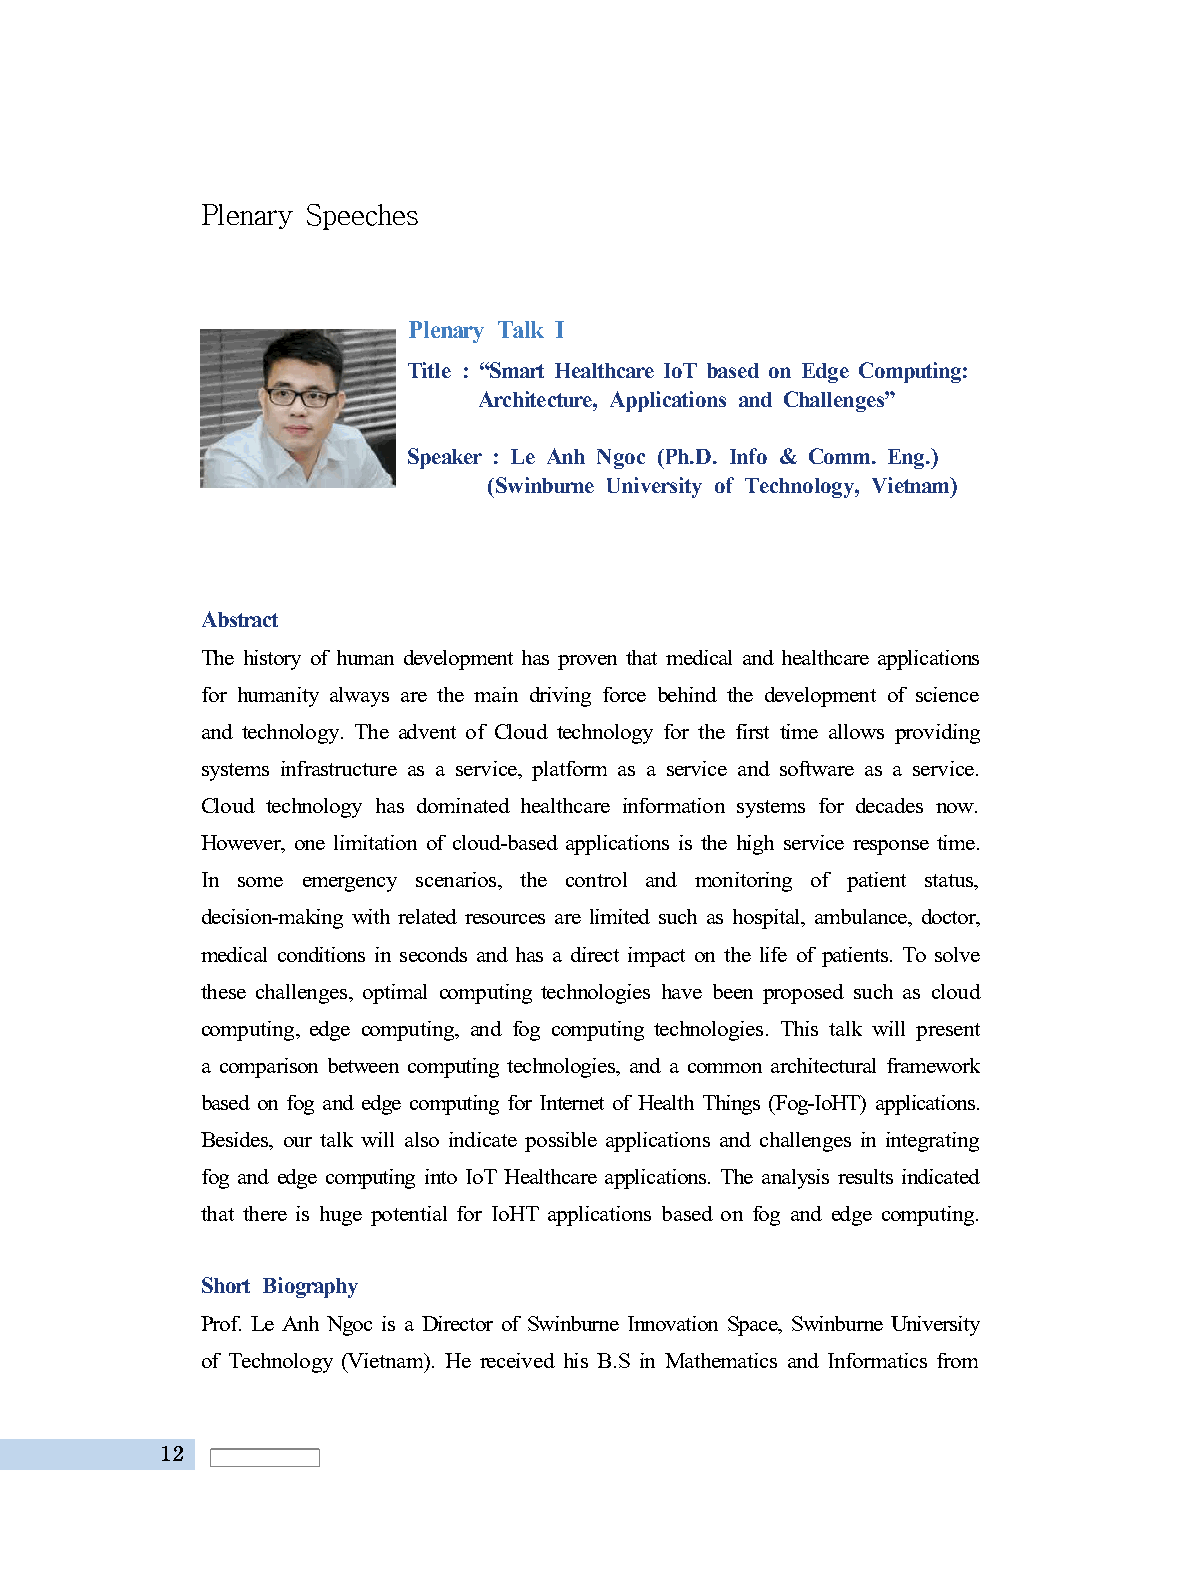
Plenary Speeches
 Plenary Talk I
 Title : “Smart Healthcare IoT based on Edge Computing:
 Architecture, Applications and Challenges”
 Speaker : Le Anh Ngoc (Ph.D. Info & Comm. Eng.)
 (Swinburne University of Technology, Vietnam)
 Abstract
 The history of human development has proven that medical and healthcare applications
 for humanity always are the main driving force behind the development of science
 and technology. The advent of Cloud technology for the first time allows providing
 systems infrastructure as a service, platform as a service and software as a service.
 Cloud technology has dominated healthcare information systems for decades now.
 However, one limitation of cloud-based applications is the high service response time.
 In some emergency scenarios, the control and monitoring of patient status,
 decision-making with related resources are limited such as hospital, ambulance, doctor,
 medical conditions in seconds and has a direct impact on the life of patients. To solve
 these challenges, optimal computing technologies have been proposed such as cloud
 computing, edge computing, and fog computing technologies. This talk will present
 a comparison between computing technologies, and a common architectural framework
 based on fog and edge computing for Internet of Health Things (Fog-IoHT) applications.
 Besides, our talk will also indicate possible applications and challenges in integrating
 fog and edge computing into IoT Healthcare applications. The analysis results indicated
 that there is huge potential for IoHT applications based on fog and edge computing.
 Short Biography
 Prof. Le Anh Ngoc is a Director of Swinburne Innovation Space, Swinburne University
 of Technology (Vietnam). He received his B.S in Mathematics and Informatics from
 12